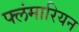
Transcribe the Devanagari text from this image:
फ्लंमारियन